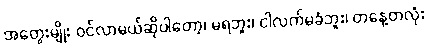
အတွေးမျိုး ဝင်လာမယ်ဆိုပါတော့၊ မရဘူး၊ ငါလက်မခံဘူး၊ တနေ့တလုံး